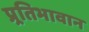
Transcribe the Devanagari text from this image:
प्र्रतिभावान